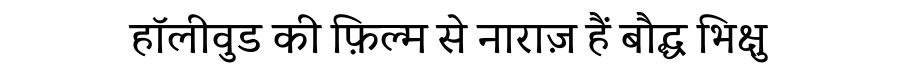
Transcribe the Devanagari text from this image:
हॉलीवुड की फ़िल्म से नाराज़ हैं बौद्ध भिक्षु